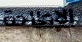
الإطاحة